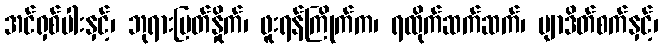
အင်ရှစ်ပါးနှင့်၊ ဘုရားမြတ်နှိုက်၊ ဖူးရန်ကြိုက်က၊ ရထိုက်ဆက်ဆက်၊ ဗျာဒိတ်စက်နှင့်၊